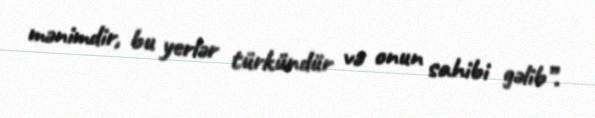
mənimdir, bu yerlər türkündür və onun sahibi gəlib”.